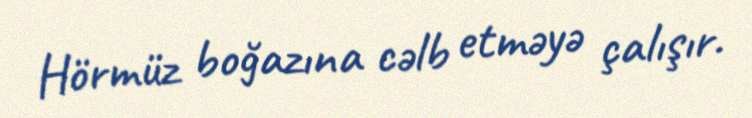
Hörmüz boğazına cəlb etməyə çalışır.